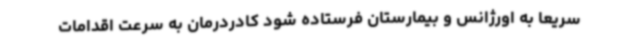
سریعاً به اورژانس و بیمارستان فرستاده شود کادردرمان به سرعت اقدامات